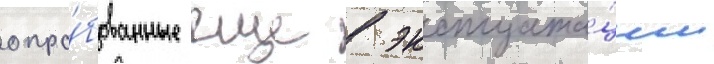
опро́бованные еще в эксплуата́ции